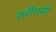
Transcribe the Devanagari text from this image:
शरीरासी